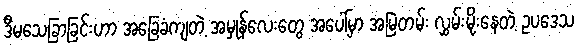
ဒီမသေခြာခြင်းဟာ အခြေခံကျတဲ့ အမှုန်လေးတွေ အပေါ်မှာ အမြဲတမ်း လွှမ်းမိုးနေတဲ့ ဥပဒေသ